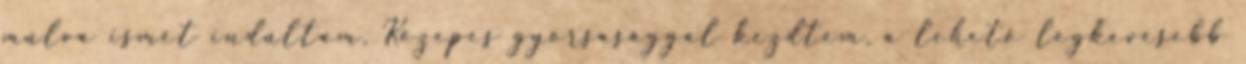
múlva ismét indultam. Közepes gyorsasággal kezdtem, a lehető legkevesebb